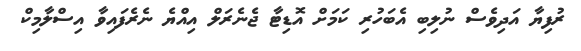
ރުފިޔާ އަދިވެސް ނުލިބި އެބަހުރި ކަމަށް އޮޑިޓާ ޖެނެރަލް އިއްޔެ ނެރެފައިވާ އިސްލާމިކް